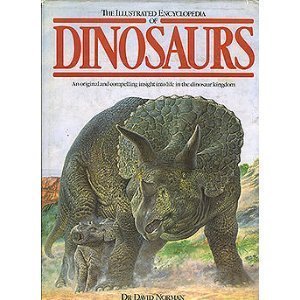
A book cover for The Illustrated Encyclopedia of Dinosaurs; David Norman; Reference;